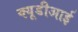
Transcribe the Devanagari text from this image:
क्यूडीआई